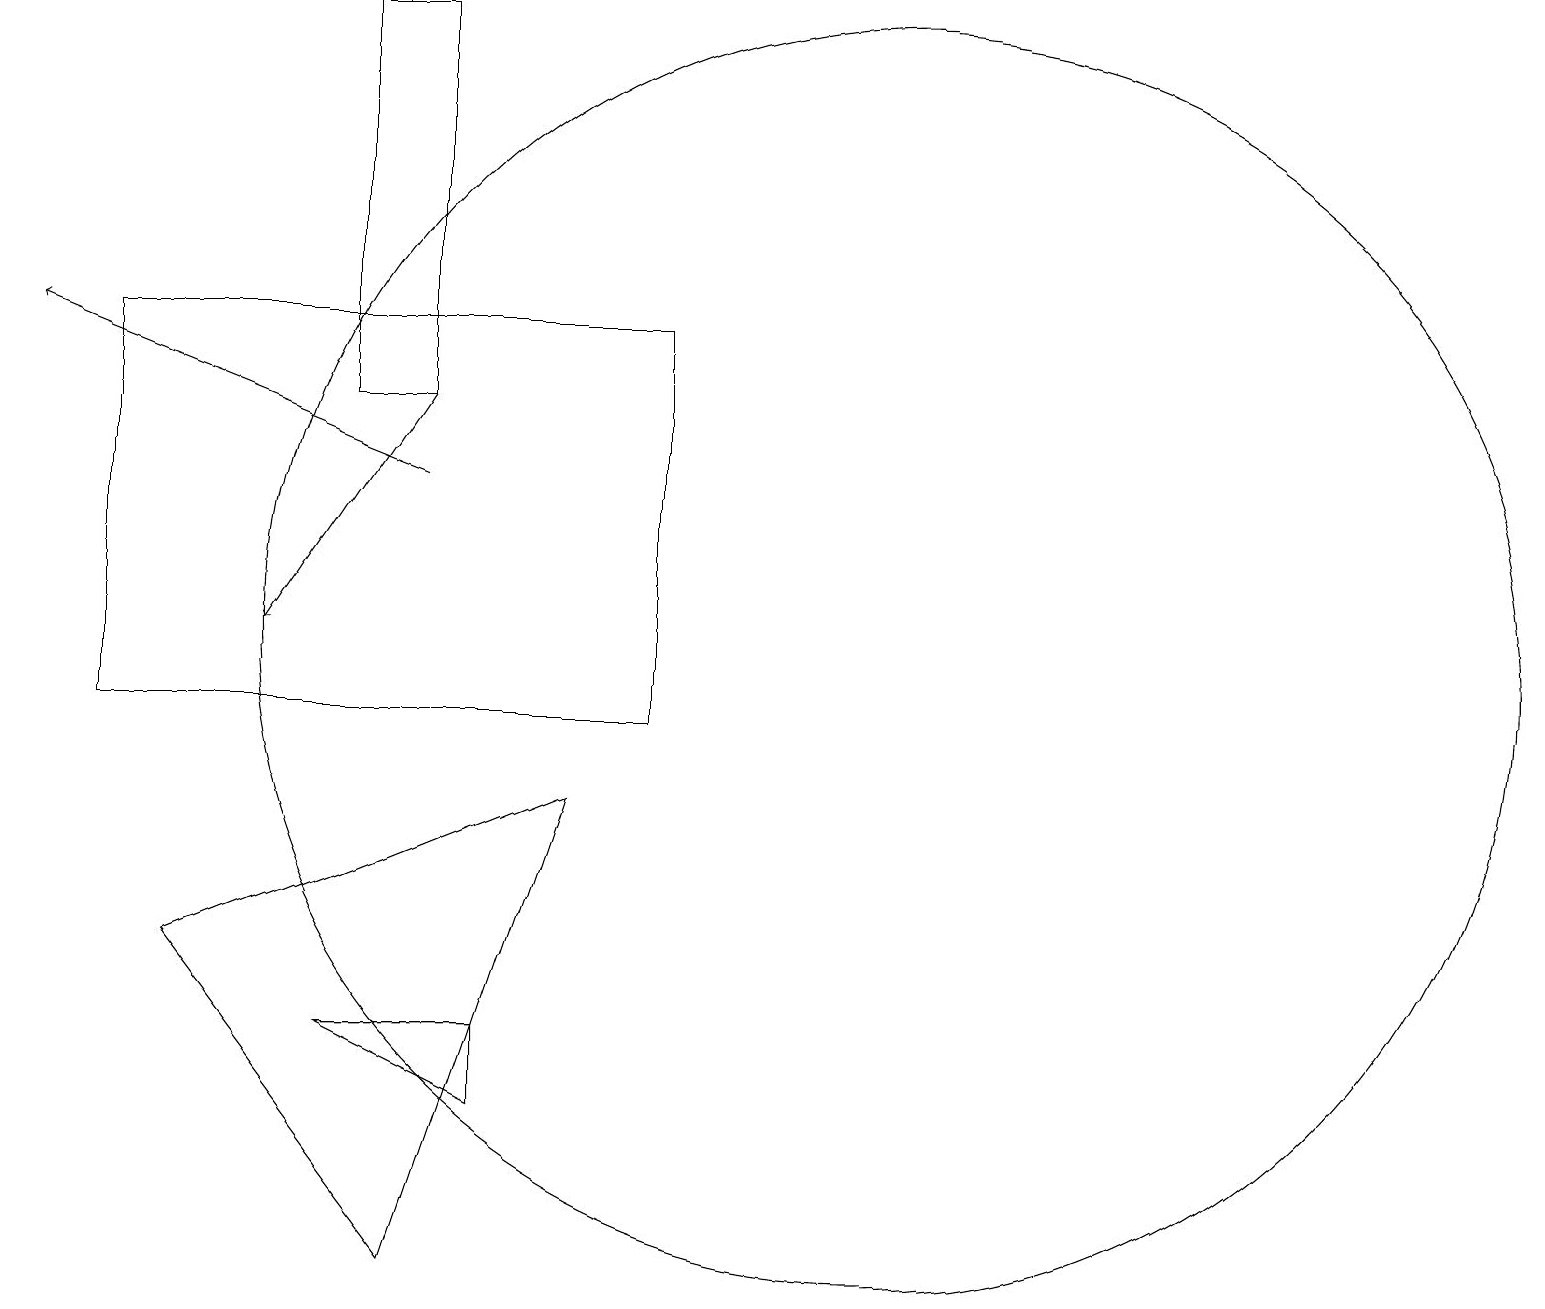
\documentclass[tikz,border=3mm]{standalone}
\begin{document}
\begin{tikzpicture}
\draw (1,10) rectangle (8,15);
\draw (11,11) circle (8);
\draw[->] (5,14) -- (3,11);
\draw[->] (5,13) -- (0,15);
\draw (5,14) rectangle (4,19);
\draw (4,6) -- (6,5) -- (6,6) -- cycle;
\draw (5,3) -- (7,9) -- (2,7) -- cycle;
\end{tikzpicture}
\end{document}